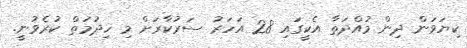
ކިޔަވަން ދިން މުއްދަތާ އެކީގައި 28 އަހަރު ސަރުކާރަށް މި ހިދުމަތް ކުރެވުނީ.